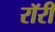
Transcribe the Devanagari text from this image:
रॉरी